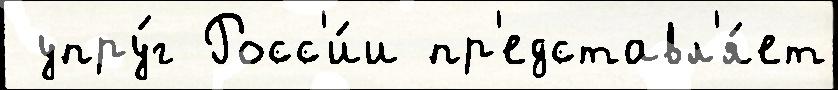
 упру́г Росс'и́и пр'едставл'я́ет